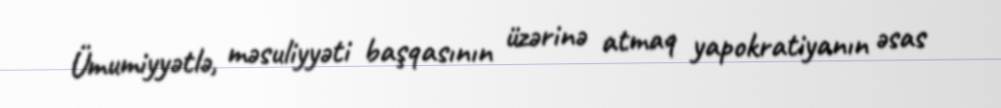
Ümumiyyətlə, məsuliyyəti başqasının üzərinə atmaq yapokratiyanın əsas